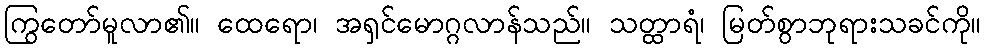
ကြွတော်မူလာ၏။ ထေရော၊ အရှင်မောဂ္ဂလာန်သည်။ သတ္ထာရံ၊ မြတ်စွာဘုရားသခင်ကို။